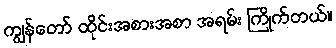
ကျွန်တော် ထိုင်းအစားအစာ အရမ်း ကြိုက်တယ်။